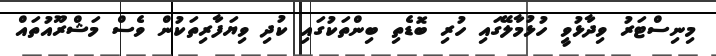
މިނިސްޓަރު ވިދާޅުވީ ހުޅުމާލޭގައި ހުރި ބޮޑެތި ބިންތަކުގައި ކުދި ވިޔަފާރިތަކުން ވެސް މަޝްރޫއުތައް